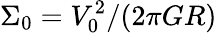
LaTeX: \Sigma_{0}=V_{0}^{2}/(2\pi GR)